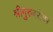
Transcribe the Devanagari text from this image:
श्रीगुरुंंबरोबर